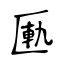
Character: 匭